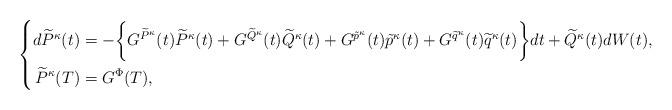
LaTeX: \begin{align*}\left\{\begin{aligned}d\widetilde{P}^\kappa(t)&=-\bigg\{G^{\widetilde{P}^\kappa}(t)\widetilde{P}^\kappa(t)+G^{\widetilde{Q}^\kappa}(t)\widetilde{Q}^\kappa(t)+G^{\tilde{p}^\kappa}(t)\tilde{p}^\kappa(t)+G^{\widetilde{q}^\kappa}(t)\widetilde{q}^\kappa(t)\bigg\}dt+\widetilde{Q}^\kappa(t)dW(t),\\\widetilde{P}^\kappa(T)&=G^\Phi(T),\end{aligned}\right.\end{align*}